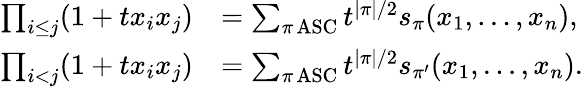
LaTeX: \begin{array}{rl}{\prod_{i\leq j}(1+tx_{i}x_{j})}&{=\sum_{\pi\operatorname{ASC}}t^{|\pi|/2}s_{\pi}(x_{1},\ldots,x_{n}),}\\ {\prod_{i<j}(1+tx_{i}x_{j})}&{=\sum_{\pi\operatorname{ASC}}t^{|\pi|/2}s_{\pi^{\prime}}(x_{1},\ldots,x_{n}).}\end{array}